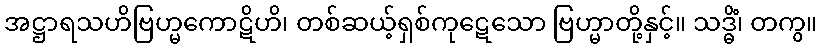
အဋ္ဌာရသဟိဗြဟ္မကောဋိဟိ၊ တစ်ဆယ့်ရှစ်ကုဋေသော ဗြဟ္မာတို့နှင့်။ သဒ္ဓိံ၊ တကွ။